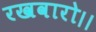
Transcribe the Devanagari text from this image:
रखवारो।।